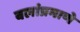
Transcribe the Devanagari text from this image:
बलांप्रमाणे